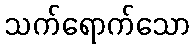
သက်ရောက်သော